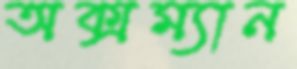
অক্সম্যান